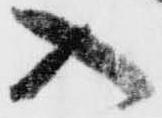
入